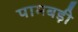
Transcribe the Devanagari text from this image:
पामबड़ी